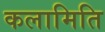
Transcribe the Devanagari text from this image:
कलामिति